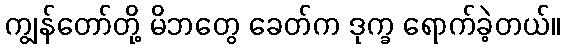
ကျွန်တော်တို့ မိဘတွေ ခေတ်က ဒုက္ခ ရောက်ခဲ့တယ်။